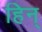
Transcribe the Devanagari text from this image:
हिन्